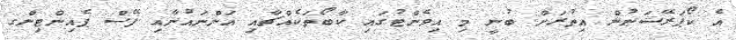
އެ ކޯޕަރޭޝަނުން އިތުރަށް ބުނީ މި އިވެންޓުގައި ކާބޯތަކެއްޗާއި އަންނައުނާއި ފޭސް ޕެއިންޓިންގ